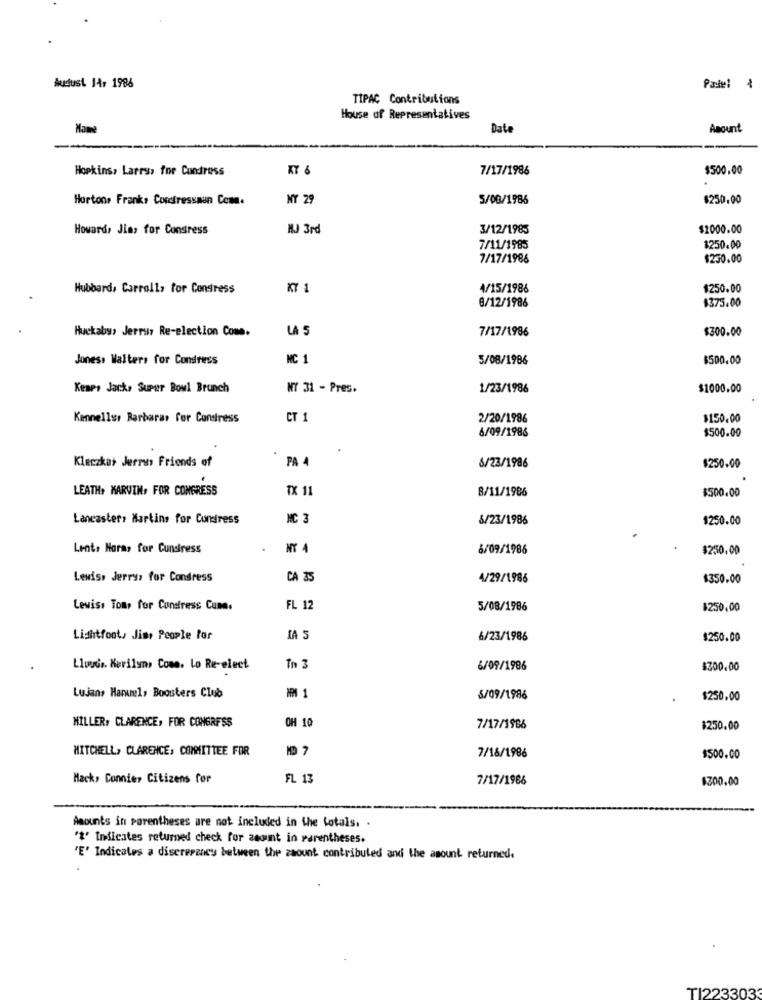
Audust 14: 1986
Padel
TIPAC Contributions
House of Representatives
Date
Amount
Hopkins, Lares, for Condress
KY 6
7/17/1986
$500.00
Hortons Frank, Contressaun Com.
NY 29
5/08/1986
$250.00
Howard, Jias for Consress
NJ 3rd
3/12/1985
$1000.00
7/11/1985
$250.00
7/17/1986
$250.00
Hubbard, Carroll, for Congress
KY 1
4/15/1986
$250.00
$375.00
8/12/1986
Huckaby, Jerrys Re-election Come.
LA 5
7/17/1996
$300.00
Jones: Walters for Condress
NC
5/08/1986
$500.00
Kemp, Jack, Super Bowl Brunch
NY 31 - Pres.
1/23/1986
$1000.00
Kanneller Barbaras for Condress
CT 1
2/20/1986
$150.00
$500.00
6/09/1986
Kleczkas Jerrus Friends of
PA A
6/23/1986
$250.00
LEATH, MARVIN, FOR CONGRESS
TX 11
8/11/1986
$500.00
Lancaster: Martins for Condress
NC 3
6/23/1986
$250.00
Lents Horas for Cunsiress
6/09/1986
$250.00
Lewis, Jerrys for Condress
CA 35
4/29/1986
$350.00
Lewiss Toms for Cunstress Cune.
FL 12
5/08/1986
$250,00
Lightfoot, Jim, People for
IA 5
6/23/1986
$250.00
Lloyds. Herilyny Come. Lo Re-elect
in 3
6/09/1986
$300.00
M 1
Lujans Haruel, Boosters Club
5/09/1986
$250.00
MILLER, CLARENCE, FOR CONGRESS
OH 10
7/17/1966
$250.00
MITCHELL, CLARENCE, COMMITTEE FOR
7/18/1986
$500.00
Mack, Connie, Citizens for
FL 13
7/17/1986
$300.00
Amounts in parentheses are not included in the totals. .
"#" Indicates returned check for acount in parentheses.
'E' Indicates a discrepancy between the zaount contributed and the amount returned.
TI223303